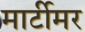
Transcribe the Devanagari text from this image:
मार्टीमर